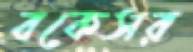
বকেসর